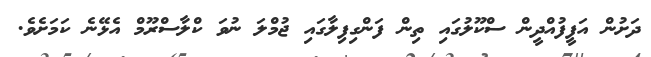
ދަށުން އަފީފުއްދީން ސްކޫލުގައި ތިން ފަންގިފިލާގައި ޖުމްލަ ނުވަ ކްލާސްރޫމް އެޅޭނެ ކަމަށެވެ.